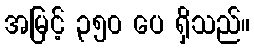
အမြင့် ၃၅၀ ပေ ရှိသည်။